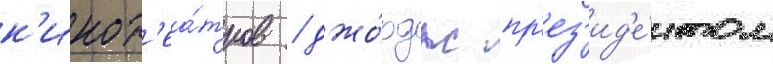
к'инот'еа́тров / джо́рдж пр'ез'ид'е́нтом